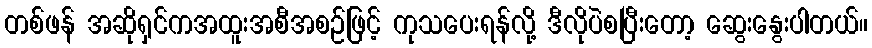
တစ်ဖန် အဆိုရှင်ကအထူးအစီအစဉ်ဖြင့် ကုသပေးရန်လို့ ဒီလိုပဲစပြီးတော့ ဆွေးနွေးပါတယ်။